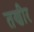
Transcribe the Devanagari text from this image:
तणीर